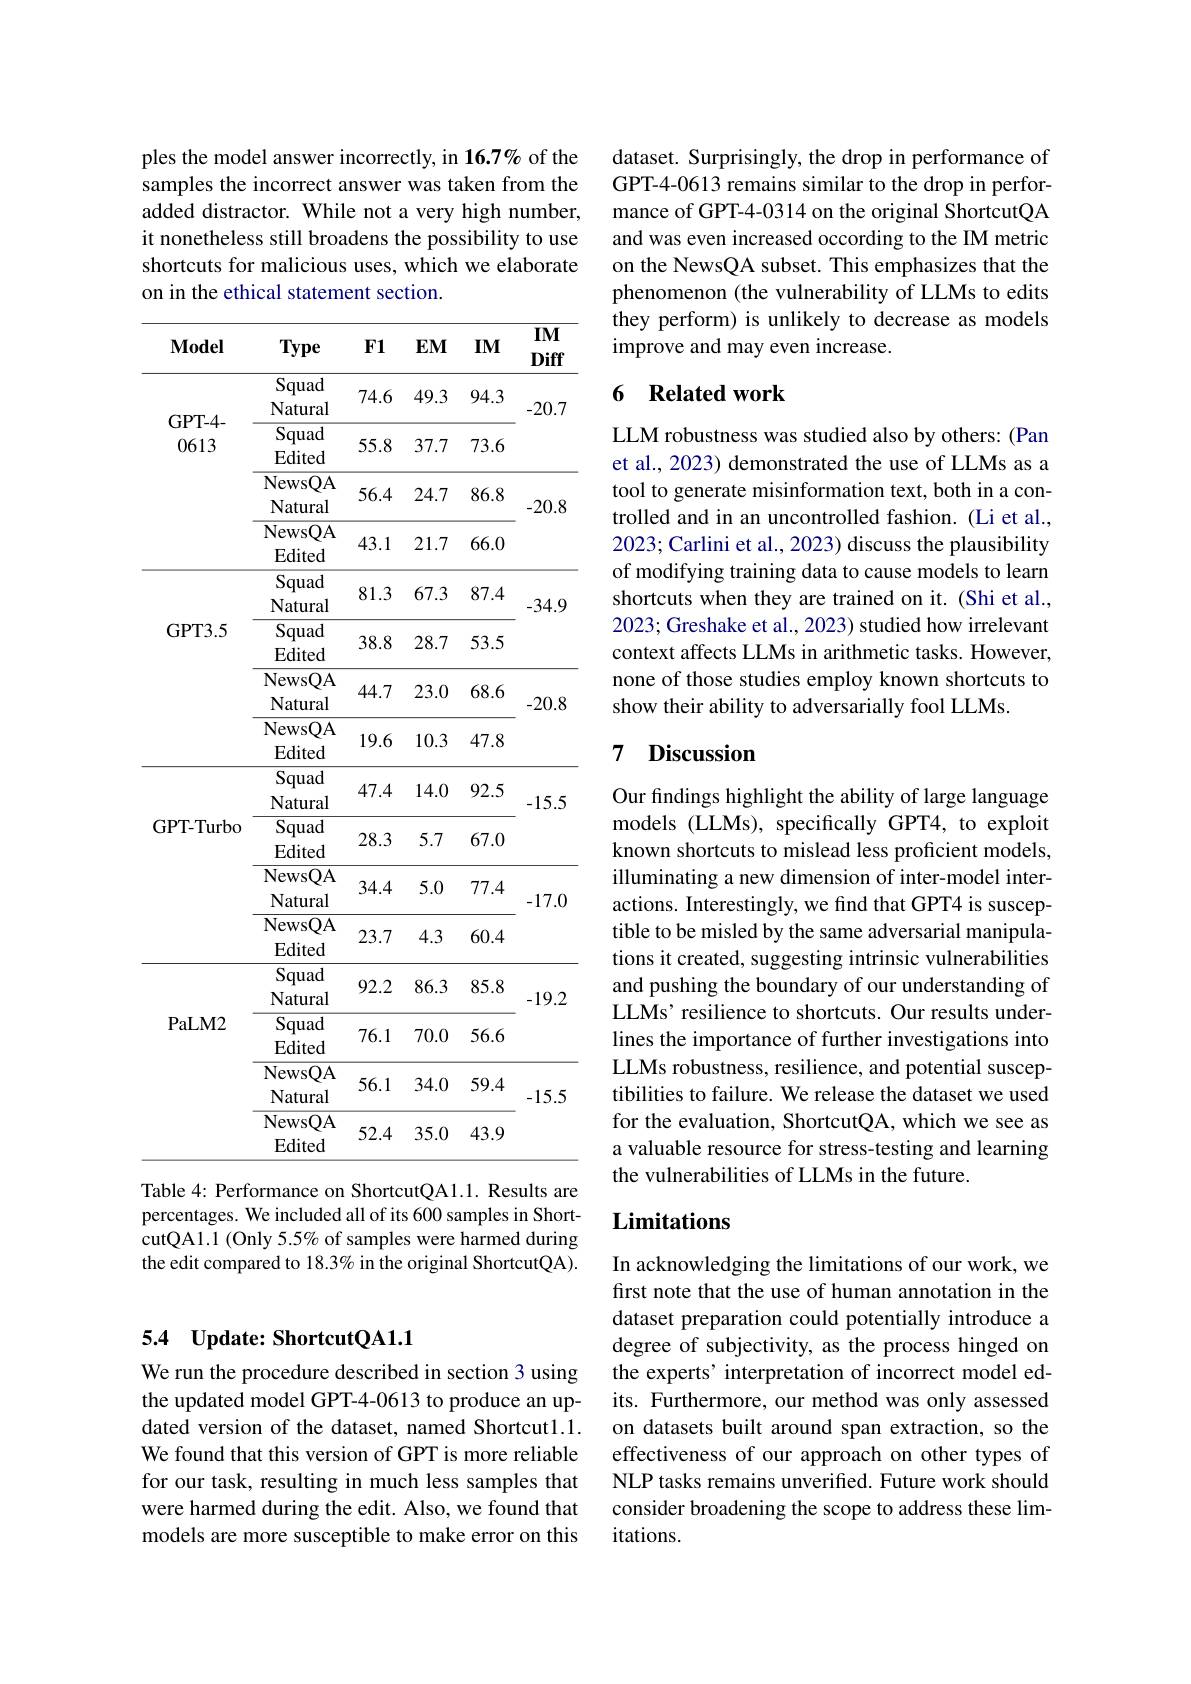
## 5.4 Update: ShortcutQA1.1

We run the procedure described in section 3 using the updated model GPT-4-0613 to produce an updated version of the dataset, named Shortcut1.1. We found that this version of GPT is more reliable for our task, resulting in much less samples that were harmed during the edit. Also, we found that models are more susceptible to make error on this

ples the model answer incorrectly, in 16.7% of the samples the incorrect answer was taken from the added distractor. While not a very high number, it nonetheless still broadens the possibility to use shortcuts for malicious uses, which we elaborate on in the ethical statement section.

<table>
	<tbody>
		<tr>
			<th>$\mathbf{Model}$</th>
			<th>Type</th>
			<th>F1</th>
			<th>$EMI$</th>
			<th>$IM$</th>
			<th>$IMI$ Diff</th>
		</tr>
		<tr>
			<td rowspan="3">GPT- 4- 0613</td>
			<td>Squad Natural</td>
			<td>74.6</td>
			<td>49.3</td>
			<td>94.3</td>
			<td rowspan="2">-20.7</td>
		</tr>
		<tr>
			<td>Squad Edited</td>
			<td>55.8</td>
			<td>37.7</td>
			<td>73.6</td>
		</tr>
		<tr>
			<td>NewsQA Natural</td>
			<td>56.4</td>
			<td>24.7</td>
			<td>86.8</td>
			<td rowspan="1">-20.8</td>
		</tr>
		<tr>
			<td> </td>
			<td>NewsQA Edited</td>
			<td>43.1</td>
			<td>21.7</td>
			<td>66.0</td>
			<td> </td>
		</tr>
		<tr>
			<td rowspan="3">GPT3. 5</td>
			<td>Squad Natural</td>
			<td>81.3</td>
			<td>67.3</td>
			<td>87.4</td>
			<td>-34.9 </td>
		</tr>
		<tr>
			<td>Squad Edited</td>
			<td>38.8</td>
			<td>28.7</td>
			<td>53.5</td>
			<td> </td>
		</tr>
		<tr>
			<td>NewsQA Natural</td>
			<td>44.7</td>
			<td>23.0</td>
			<td>68.6</td>
			<td>-20.8 · 1</td>
		</tr>
		<tr>
			<td> </td>
			<td>NewsQA Edited</td>
			<td>19.6</td>
			<td>10.3</td>
			<td>47.8</td>
			<td> </td>
		</tr>
		<tr>
			<td rowspan="3">GPT-Turbo</td>
			<td>Squad Natural</td>
			<td>47.4</td>
			<td>14.0</td>
			<td>92.5</td>
			<td rowspan="2">-15.5</td>
		</tr>
		<tr>
			<td>Squad Edited</td>
			<td>28.3</td>
			<td>5.7</td>
			<td>67.0</td>
		</tr>
		<tr>
			<td>NewsQA Natural</td>
			<td>34.4</td>
			<td>5.0</td>
			<td>77.4</td>
			<td rowspan="2">-17.0</td>
		</tr>
		<tr>
			<td> </td>
			<td>NewsQA Edited</td>
			<td>23.7</td>
			<td>4.3</td>
			<td>60.4</td>
		</tr>
		<tr>
			<td rowspan="4">PaLM2</td>
			<td>Squad Natural</td>
			<td>92.2</td>
			<td>86.3</td>
			<td>85.8</td>
			<td rowspan="2">-19.2</td>
		</tr>
		<tr>
			<td>Squad Edited</td>
			<td>76.1</td>
			<td>70.0</td>
			<td>56.6</td>
		</tr>
		<tr>
			<td>NewsQA Natural</td>
			<td>56.1</td>
			<td>34.0</td>
			<td>59.4</td>
			<td rowspan="2">-15.5</td>
		</tr>
		<tr>
			<td>NewsQA Edited</td>
			<td>52.4</td>
			<td>35.0</td>
			<td>43.9</td>
		</tr>
	</tbody>
</table>
Table 4: Performance on ShortcutQA1.1. Results are

percentages. We included all of its 600 samples in Short- ${\mathrm{cutQA1.1~(Only5.5\%~of~samples~were~harmed~during}}$ the edit compared to 18.3% in the original ShortcutQA).

dataset. Surprisingly, the drop in performance of GPT-4-0613 remains similar to the drop in performance of GPT-4-0314 on the original ShortcutQA and was even increased occording to the IM metric on the NewsQA subset. This emphasizes that the phenomenon (the vulnerability of LLMs to edits they perform) is unlikely to decrease as models improve and may even increase.

## 6 Related work

LLM robustness was studied also by others: (Pan et al., 2023) demonstrated the use of LLMs as a tool to generate misinformation text, both in a controlled and in an uncontrolled fashion. (Li et al., 2023; Carlini et al., 2023) discuss the plausibility of modifying training data to cause models to learn shortcuts when they are trained on it. (Shi et al., 2023; Greshake et al., 2023) studied how irrelevant context affects LLMs in arithmetic tasks. However, none of those studies employ known shortcuts to show their ability to adversarially fool LLMs.

## 7 Discussion

Our findings highlight the ability of large language models (LLMs), specifically GPT4, to exploit known shortcuts to mislead less proficient models, illuminating a new dimension of inter-model interactions. Interestingly, we find that GPT4 is susceptible to be misled by the same adversarial manipulations it created, suggesting intrinsic vulnerabilities and pushing the boundary of our understanding of LLMs’ resilience to shortcuts. Our results underlines the importance of further investigations into LLMs robustness, resilience, and potential susceptibilities to failure. We release the dataset we used for the evaluation, ShortcutQA, which we see as a valuable resource for stress-testing and learning the vulnerabilities of LLMs in the future.

# Limitations

In acknowledging the limitations of our work, we first note that the use of human annotation in the dataset preparation could potentially introduce a degree of subjectivity, as the process hinged on the experts’ interpretation of incorrect model edits. Furthermore, our method was only assessed on datasets built around span extraction, so the effectiveness of our approach on other types of NLP tasks remains unverified. Future work should consider broadening the scope to address these limitations.